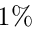
1 \%